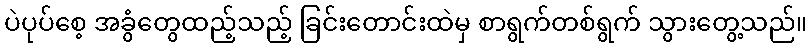
ပဲပုပ်စေ့ အခွံတွေထည့်သည့် ခြင်းတောင်းထဲမှ စာရွက်တစ်ရွက် သွားတွေ့သည်။